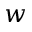
w